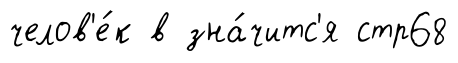
челов'е́к в зна́читс'я стр68